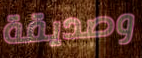
وصديقة